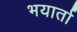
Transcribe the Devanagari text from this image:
भयार्ता